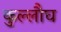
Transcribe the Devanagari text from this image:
कुल्लौघ